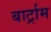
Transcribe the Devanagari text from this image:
बार्ट्राम